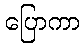
ပြောကာ